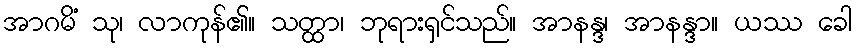
အာဂမိံ သု၊ လာကုန်၏။ သတ္ထာ၊ ဘုရားရှင်သည်။ အာနန္ဒ၊ အာနန္ဒာ။ ယဿ ခေါ